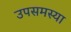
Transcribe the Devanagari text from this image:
उपसमस्या